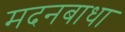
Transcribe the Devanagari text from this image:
मदनबाधा